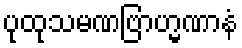
ပုထုသမဏဗြာဟ္မဏာနံ